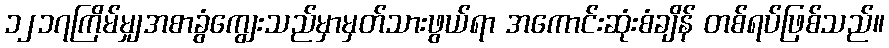
၁၂၁၇ကြိမ်မျှအစာခွံကျွေးသည်မှာမှတ်သားဖွယ်ရာ အကောင်းဆုံးစံချိန် တစ်ရပ်ဖြစ်သည်။